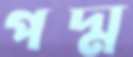
পদ্ম